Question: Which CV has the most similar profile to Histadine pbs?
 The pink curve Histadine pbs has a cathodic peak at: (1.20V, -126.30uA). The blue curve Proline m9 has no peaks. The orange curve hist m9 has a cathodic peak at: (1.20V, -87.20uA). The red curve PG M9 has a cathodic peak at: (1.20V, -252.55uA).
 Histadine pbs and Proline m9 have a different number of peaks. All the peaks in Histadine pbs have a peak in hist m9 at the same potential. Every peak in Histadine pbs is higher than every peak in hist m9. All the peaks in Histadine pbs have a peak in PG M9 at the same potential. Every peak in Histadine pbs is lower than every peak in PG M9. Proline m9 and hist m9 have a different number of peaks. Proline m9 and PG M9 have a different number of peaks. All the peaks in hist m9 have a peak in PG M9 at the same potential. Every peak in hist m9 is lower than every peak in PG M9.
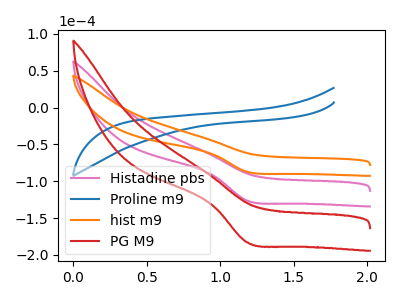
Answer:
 <answer>"Histadine pbs" and "PG M9" have a similar shape to "hist m9".</answer>
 <eval>"Histadine pbs" "PG M9"</eval>